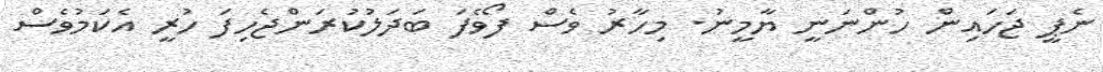
ނެޕީ ޖަހައިން ހުންނަނީ ޔާމީނު. މިހާރު ވެސް ފޯވެފަ ބަދަލުކުރަންޖެހިފަ ހުރީ އެކަމުވެސް